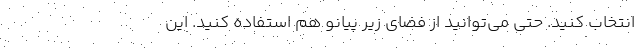
انتخاب کنید. حتی می‌توانید از فضای زیر پیانو هم استفاده کنید. این